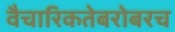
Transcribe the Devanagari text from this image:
वैचारिकतेबरोबरच